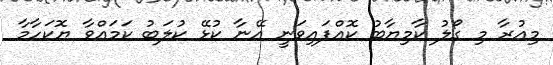
މިއުރާ މި ގޯލު ކާމިޔާބު ކޮއްފައިވަނީ އޭނާ ކުޅޭ ކުލަބު ކަމައްވާ ޔޮކަހާމާ